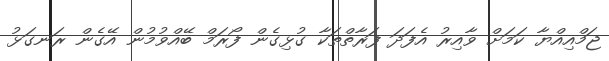
ޖަމްއިއްޔާ ކަމަށް ވާއިރު އެފަދަ ފަރާތްތަކާ ގުޅިގެން ފޯރަމް ބޭއްވުމުން އޭގެން ރަނގަޅު